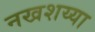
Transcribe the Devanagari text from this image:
नखशय्या